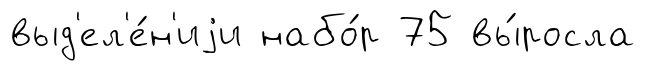
выд'ел'е́н'иjи набо́р 75 вы́росла